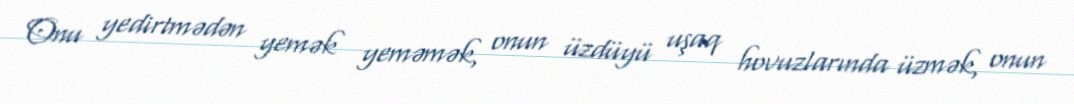
Onu yedirtmədən yemək yeməmək, onun üzdüyü uşaq hovuzlarında üzmək, onun